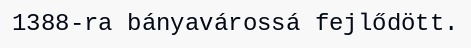
1388-ra bányavárossá fejlődött.